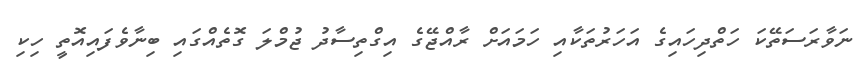
ނަވާރަސަތޭކަ ހަތްދިހައިގެ އަހަރުތަކާއި ހަމައަށް ރާއްޖޭގެ އިގްތިސާދު ޖުމްލަ ގޮތެއްގައި ބިނާވެފައިއޮތީ ހިކި